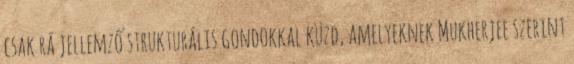
csak rá jellemző strukturális gondokkal küzd, amelyeknek Mukherjee szerint